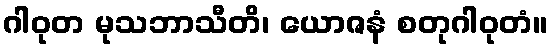
ဂါဝုတ မုသဘာသီတိ၊ ယောဇနံ စတုဂါဝုတံ။